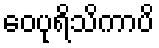
ဝေပုရိသိကာပိ